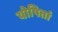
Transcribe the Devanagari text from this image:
योषितां